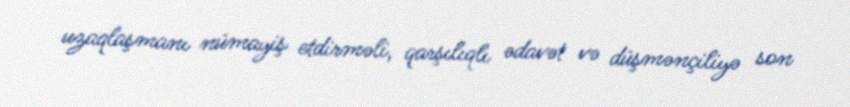
uzaqlaşmanı nümayiş etdirməli, qarşılıqlı ədavət və düşmənçiliyə son